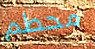
محطم